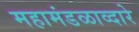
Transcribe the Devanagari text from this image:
महामंडळाव्दारे